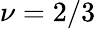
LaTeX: \nu=2/3